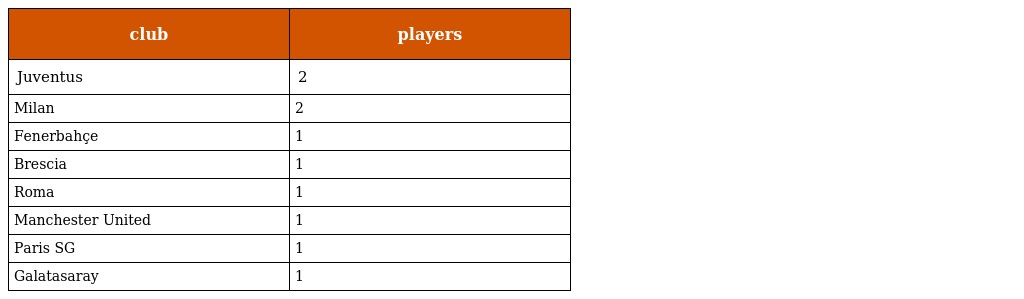
| club | players |
 | --- | --- |
 | Juventus | 2 |
 | Milan | 2 |
 | Fenerbahçe | 1 |
 | Brescia | 1 |
 | Roma | 1 |
 | Manchester United | 1 |
 | Paris SG | 1 |
 | Galatasaray | 1 |